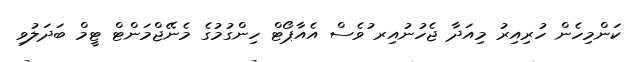
ކަންމިހެން ހުރިއިރު މިއަދާ ޖެހުނުއިރ ުވެސް އެއާޕޯޓް ހިންގުމުގެ މެނޭޖްމަންޓް ޓީމް ބަދަލުވި